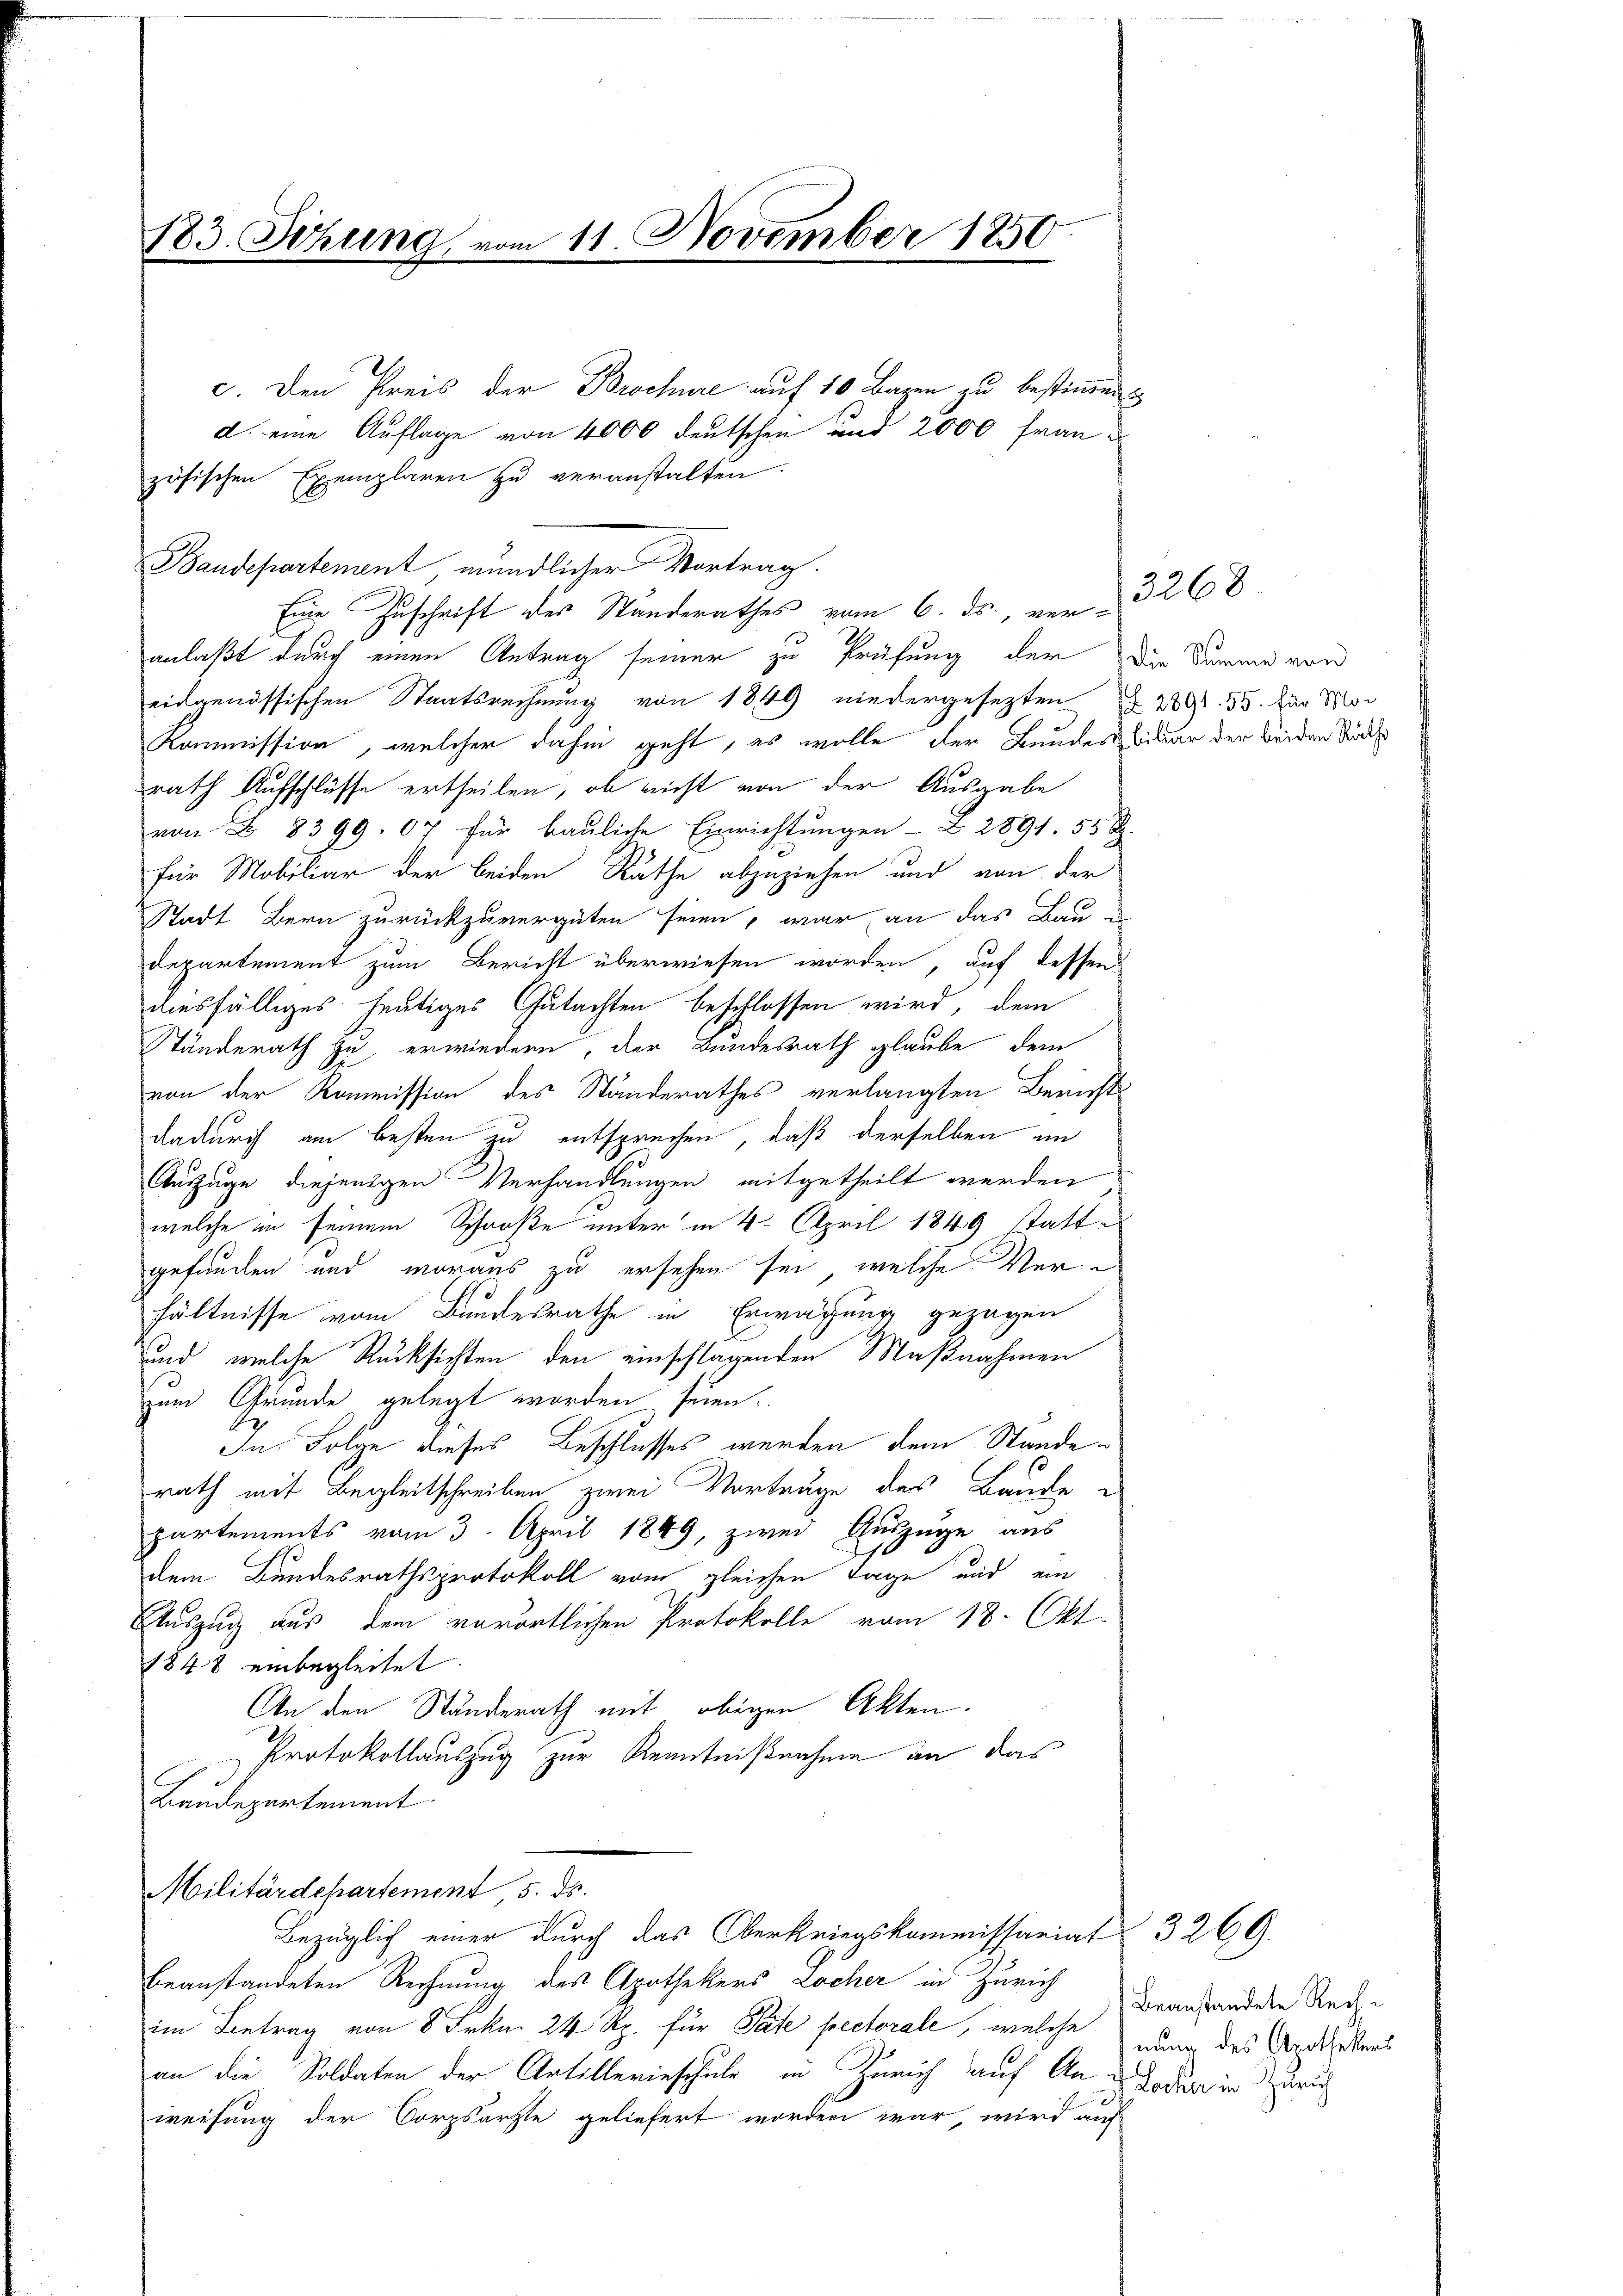
183. Sitzung vom 11. November 1850.

zösischen Exemplaren zu veranstalten
Baudepartement, mündlicher Vortrag.
Eine Zuschrift des Standerathes vom 6. ds., ver-
anlaßt durch einen Antrag seiner zu Prüfung der
eidgenössischen Staatsrechnung von 1849 niedergesezten 2091. 35. für Mod
Kommission, welcher dahin geht, es wolle der Bundes
rath Aufschlüsse ertheilen, ob nicht von der Ausgabe
von Z. 8399. 07 für bauliche Einrichtungen - Z 2891. 556
für Mobiliar der beiden Rathe abzuziehen und von der
Stadt Bern zurückzuvergüten seien, war an das Bau-
Departement zum Bericht überwiesen worden, auf dessen
diesfälliges heutiges Gutachten beschlossen wird, dem
Ständerath zu erwiedern, der Bundesrath glaube, dem
von der Kommission des Standerathes verlangten Bericht
dadurch am besten zu entsprechen, daß derselben im
Auszuge diejenigen Verhandlungen mitgetheilt werden
welche in seinem Schröße unter in 4. April 1849 stattgefanden und woraus zu ersehen sei, welche Verhältnisse vom Bundesrathe in Erwägung gezogen
und, welche Rücksichten den einschlagenden Maßnahmen
zum Grunde gelegt worden seien.
In Folge dieses Beschlusses werden dem Stande
rath mit Begleitschreiben zwei Vorträge des Baude
partements vom 3. April 1849, zwei Auszüge aus
dem Bundesrathsprotokoll vom gleichen Tage und ein
Auszug aus dem vorörtlichen Protokolle vom 18. Okt.
1848 einbegleitet.
An den Ständerath mit obigen Akten.
Protokollauszug zur Kenntnißnahme an das
Baudepartement
Militärdepartement 5. ds.
Bezüglich einer durch das Oberkriegskommissariat 3269.
beanstandeten Rechnung des Apothekers Löcher in Zürich
im Betrag von 8 Frkn. 24 Rp. für Pate pectorale, welche nun des Anthebens
an die Soldaten der Artillerieschule in Zürich auf An u Boden in Zürich
weisung der Corpsärzte geliefert worden war, wird auf

c. Den Preis der Brochüre auf 10 Bazen zu bestimmen
d. eine Auflage von 4000 deutschen und 2000 Frau

Die Summe von
biliar der beiden Räthe

3268

beanstandete Rech¬